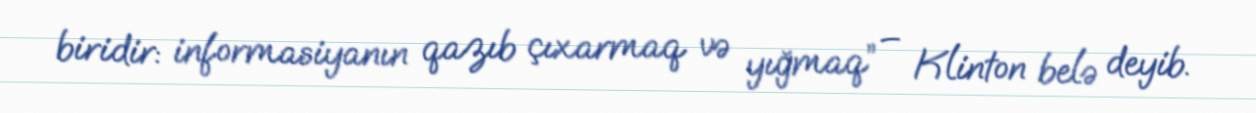
biridir: informasiyanın qazıb çıxarmaq və yığmaq” – Klinton belə deyib.